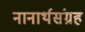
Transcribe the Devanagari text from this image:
नानार्थसंग्रह